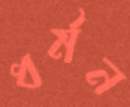
ধর্মন